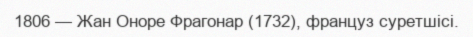
1806 — Жан Оноре Фрагонар (1732), француз суретшісі.